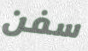
سفن